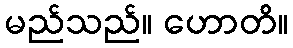
မည်သည်။ ဟောတိ။